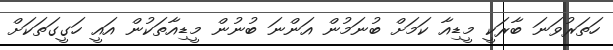
ހަތަރުވަނަ ބާރަކީ މީޑިއާ ކަމަށް ބުނަމުން އަންނަ ބުނުން މީޑިއާތަކުން އައީ ހަގީގަތަކަށް